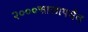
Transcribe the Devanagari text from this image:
२०००सालापर्यंत